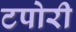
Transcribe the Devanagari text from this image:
टपोरी